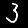
Digit: 3